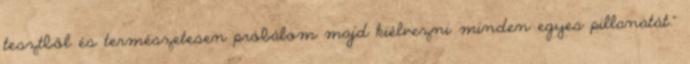
tesztből és természetesen próbálom majd kiélvezni minden egyes pillanatát.”